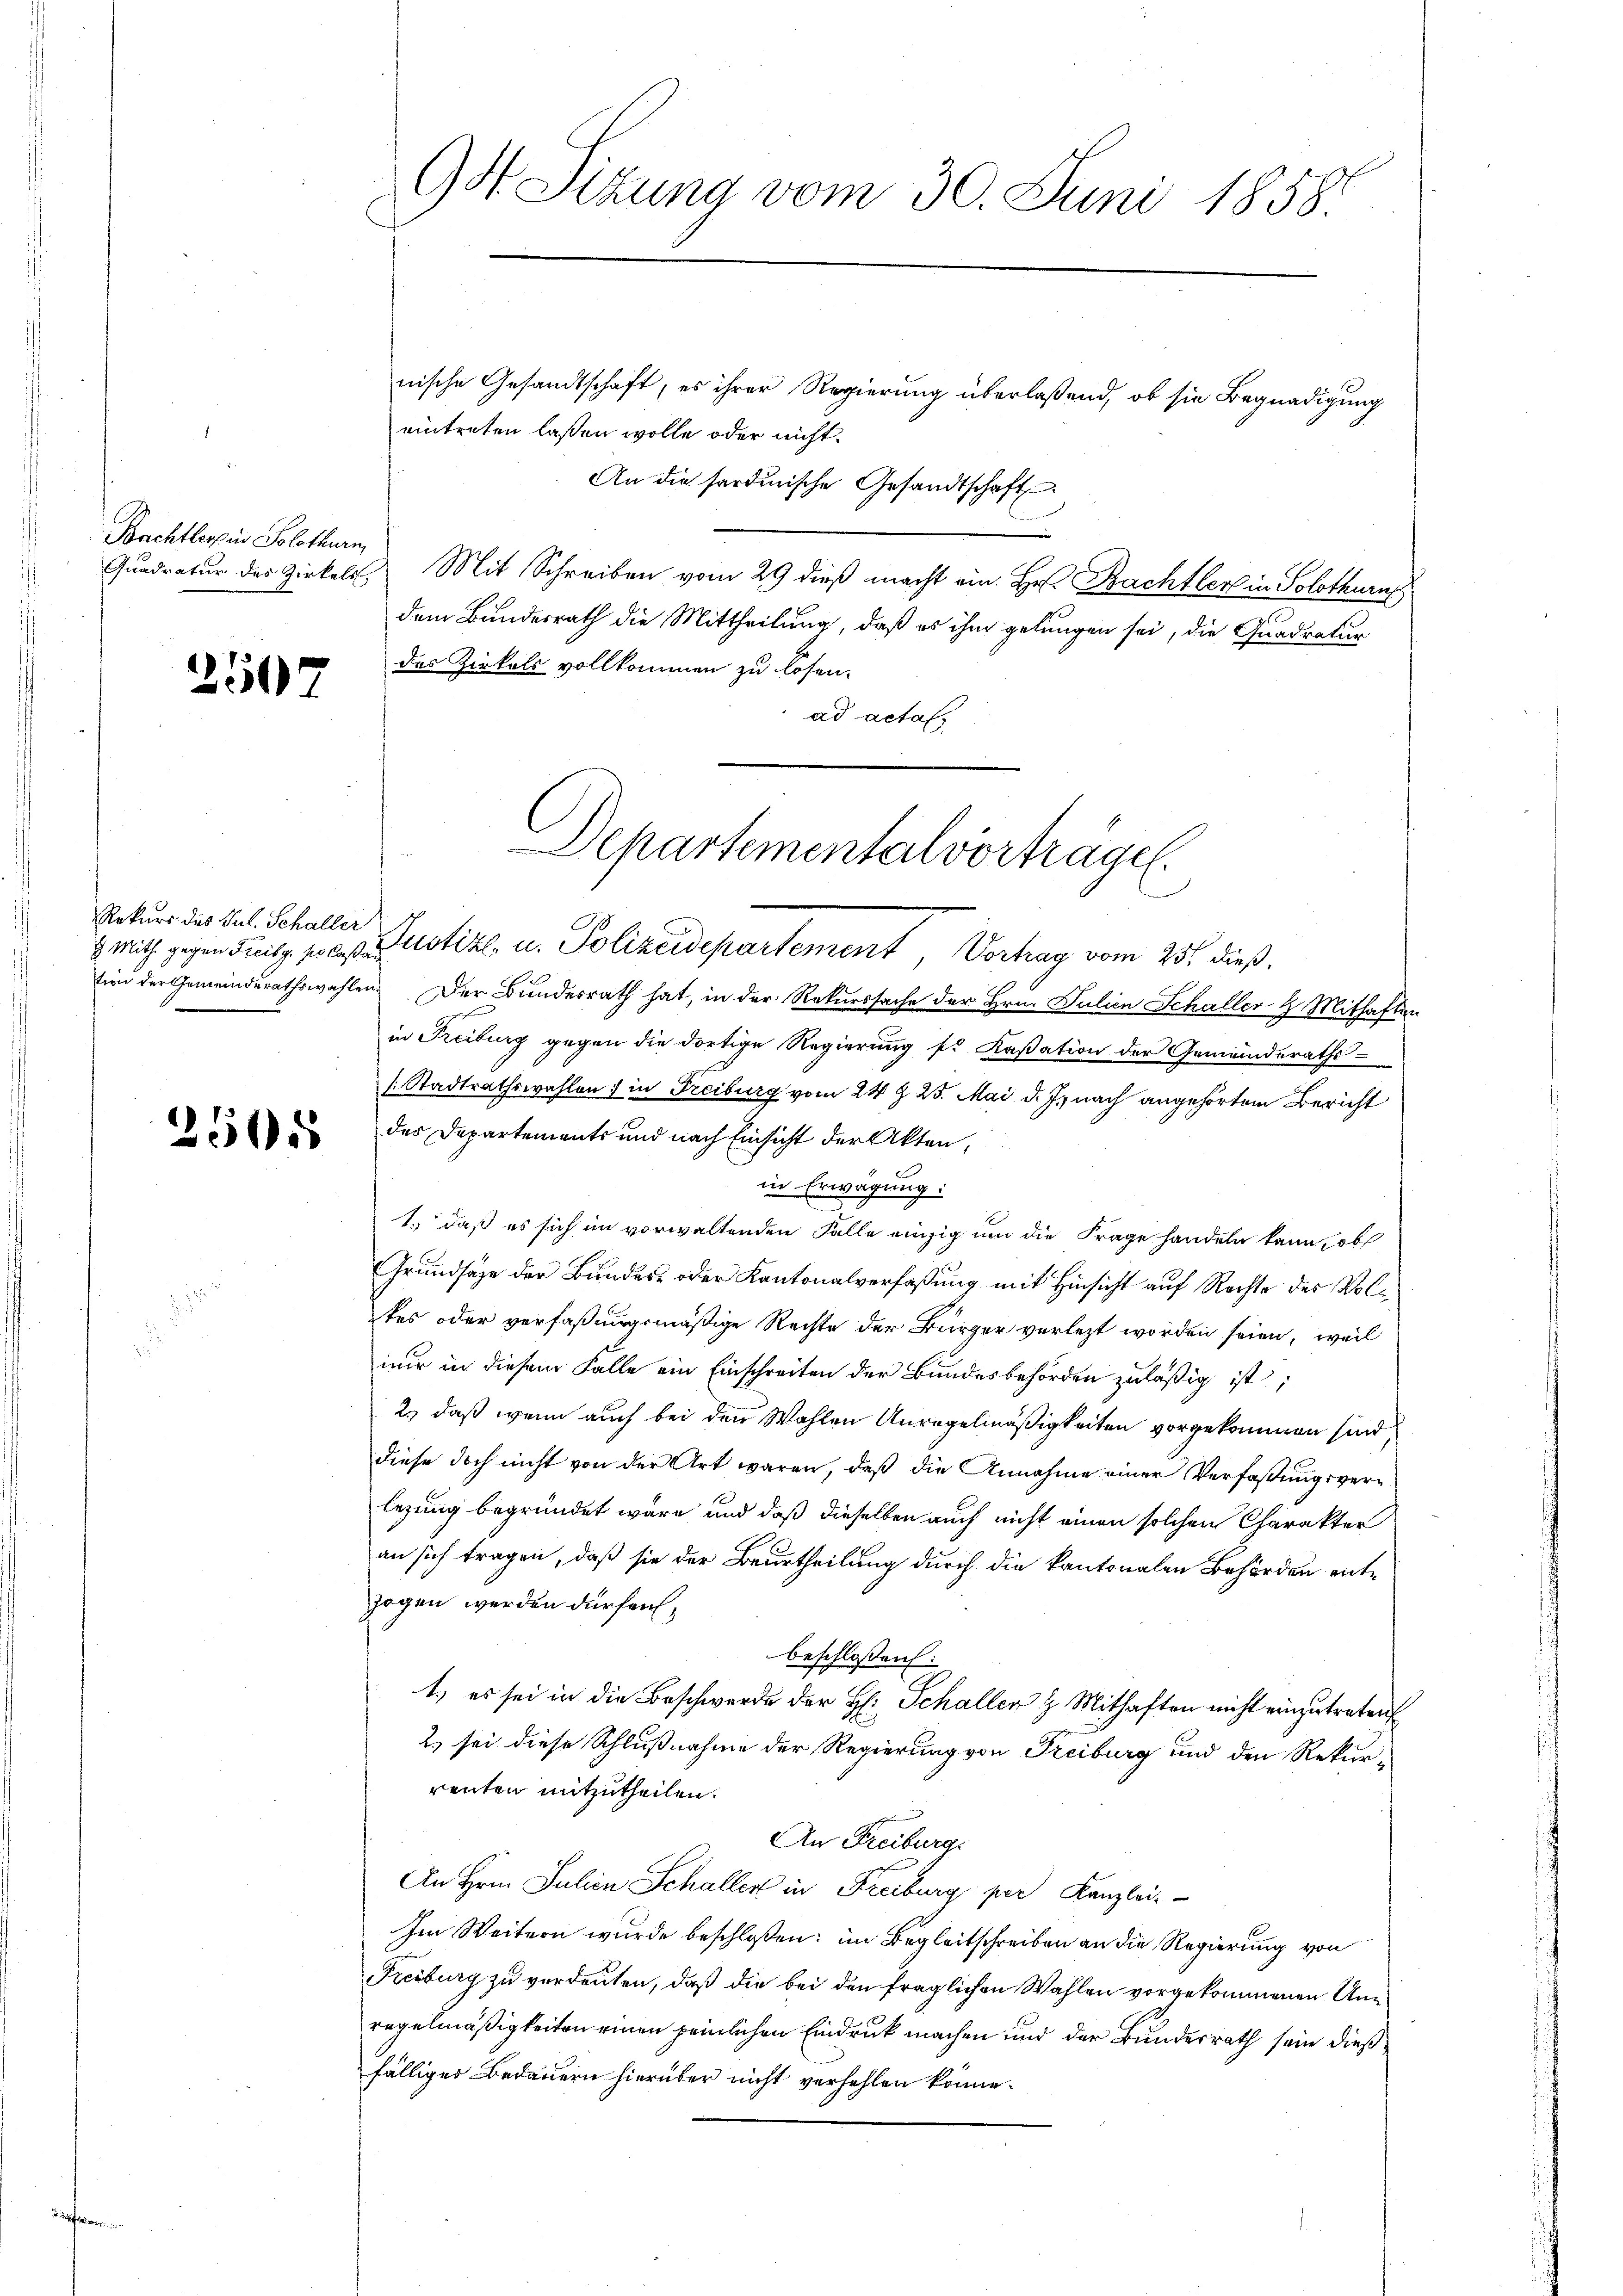
Bachtlerin Solothurn,
Quadratur des Zirkels,

2507

2505

Rekurs des Jul. Schaller

94. Sitzung vom 30. Juni 1858.

nische Gesandtschaft, es ihrer Regierung überlaßend, ob sie Begnadigung
eintreten laßen wolle oder nicht.
An die sardinische Gesandtschaft
Mit Schreiben vom 29 dieß macht ein. Hr. Bachtler in Solothurn
dem Bundesrath die Mittheilung, daß es ihm gelungen sei, die Quadratur
das Zirkels vollkommen zu lösen.
ad actat

Departementalvorträge.

with gegen deutg fra Justiz u. Polizeidepartement, Vertrag vom 25. dieß,
sind der Gemeindsrathswahlen. Der Bundesrath hat, in der Rekurssache der Hrn. Julien Schaller 2. Mithalten
in Freiburg gegen die dortige Regierung st. Kassation der Gemeinderaths-
[Stadtrathswahlen; in Freiburg vom 24 § 25. Mai d. J. nach angehörtem Bericht
des Departements und nach Einsicht der Akten,
in Erwägung:
1.) daß es sich im vorwaltenden Falle einzig um die Frage handeln kann, ob
Grundsaze der Bundes- oder Kantonalverfaßung mit Hinsicht auf Rechte des Voltes oder verfaßungsmäßige Rechte der Bürger verletzt worden seien, weil
nur in diesem Falle ein Einschreiten der Bundesbehörden zuläßig ist,
2., daß wenn auch bei den Wahlen Anregelmäßigkeiten vorgekommen sind,
diese doch nicht von der Art waren, daß die Annahme einer Verfaßungsverlegung begründet wäre, und daß dieselben auch nicht einen solchen Charakter
an sich tragen, daß sie der Beurtheilung durch die kantonalen Behörden entzogen werden dürfen,
beschloßen:
1.) es sei in die Beschwerde der H: Schallen & Mithaften nicht einzutreten
2. sei diese Schlußnahme der Regierung von Freiburg und den Rekurrenten mitzutheilen.
An Freiburg.
An Hrn. Julien Schaller in Freiburg per Kanzlei-
Im Weitern wurde beschloßen: im Begleitschreiben an die Regierung von
Freiburg zu verdeuten, daß die bei den fraglichen Wahlen vorgekommenen Unregelmäßigkeiten einen peinlichen Eindruck machen und der Bundesrath sein dießfälliger Bedauern hierüber nicht verhehlen könne.